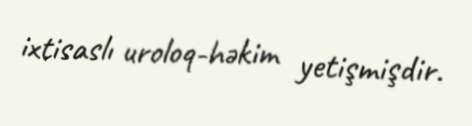
ixtisaslı uroloq-həkim yetişmişdir.